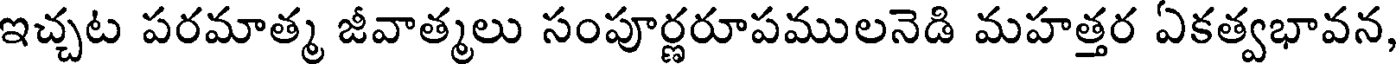
ఇచ్చట పరమాత్మ జీవాత్మలు సంపూర్ణరూపములనెడి మహత్తర ఏకత్వభావన,